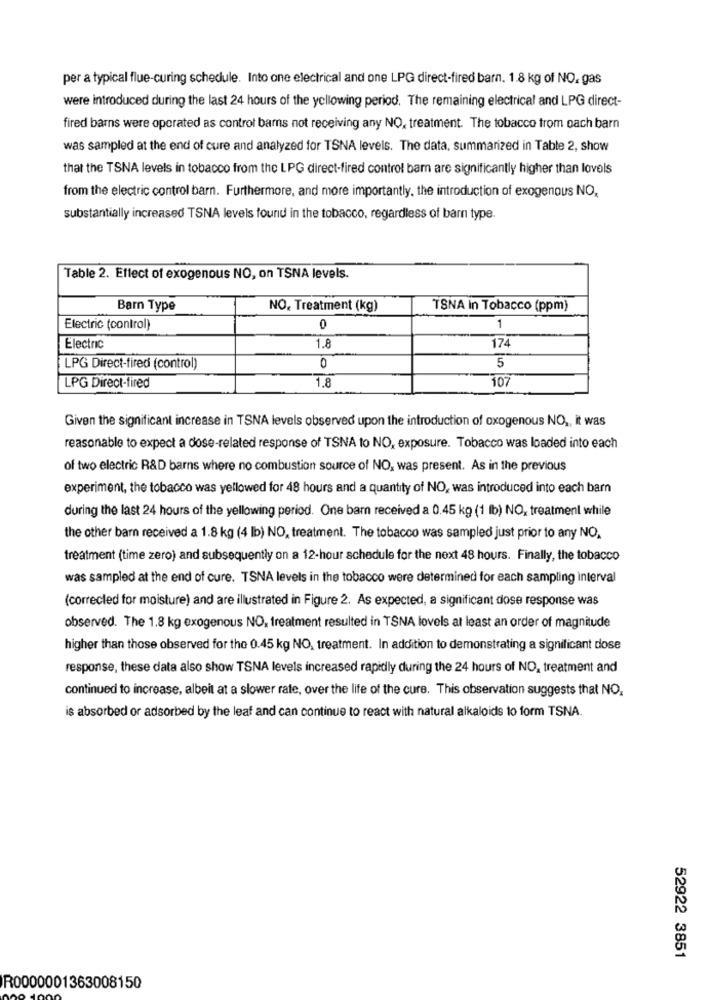
per a typical flue-curing schedule. Into one electrical and one LPG direct-fired barn. 1.8 kg of NO. gas
were introduced during the last 24 hours of the yellowing period. The remaining electrical and LPG direct-
fired barns were operated as control barns not receiving any NO, treatment. The tobacco trom oach barn
was sampled at the end of cure and analyzed for TSNA levels. The data, summarized in Table 2, show
that the TSNA levels in tobacco from the LPG direct-fired control barn are significantly higher than lovels
from the electric control barn. Furthermore, and more importantly, the introduction of exogenous NO,
substantially increased TSNA levels found in the tobacco, regardless of barn type.
Table 2. Effect of exogenous NO, on TSNA levels.
Barn Type
NO. Treatment (kg)
TSNA in Tobacco (ppm)
Electric (control)
0
1
17
Electric
1.8
5
LPG Direct-fired (control)
0
1.8
107
LPG Direct-fired
Given the significant increase in TSNA levels observed upon the introduction of oxogenous NO ,, it was
reasonable to expect a dose-related response of TSNA to NO, exposure. Tobacco was loaded into each
of two electric R&D barns where no combustion source of NO, was present. As in the previous
experiment, the tobacco was yellowed for 48 hours and a quantity of NO, was introduced into each barn
during the last 24 hours of the yellowing period. One barn received a 0.45 kg (1 lb) NO, treatment while
the other barn received a 1.8 kg (4 lb) NO, treatment. The tobacco was sampled just prior to any NO.
treatment (time zero) and subsequently on a 12-hour schedule for the next 48 hours. Finally, the tobacco
was sampled at the end of cure. TSNA levels in the tobacco were determined for each sampling interval
(corrected for moisture) and are illustrated in Figure 2. As expected, a significant dose response was
observed. The 1.8 kg exogenous NO, treatment resulted in TSNA lovels at least an order of magnitude
higher than those observed for the 0.45 kg NO, treatment. In addition to demonstrating a significant dose
response, these data also show TSNA levels increased rapidly during the 24 hours of NO, treatment and
continued to increase, albeit at a slower rate, over the life of the cure. This observation suggests that NO.
is absorbed or adsorbed by the leaf and can continue to react with natural alkaloids to form TSNA.
52922 3851
R0000001363008150